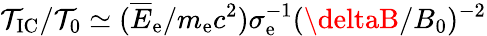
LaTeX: \mathcal{T}_{\mathrm{{IC}}}/\mathcal{T}_{0}\simeq(\overline{{E}}_{\mathrm{{e}}}/m_{\mathrm{{e}}}c^{2})\sigma_{\mathrm{{e}}}^{-1}(\deltaB/B_{0})^{-2}